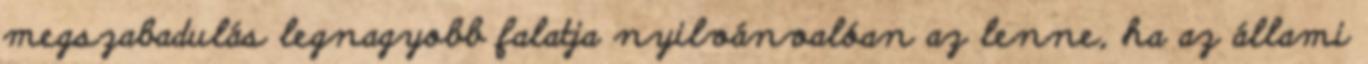
megszabadulás legnagyobb falatja nyilvánvalóan az lenne, ha az állami